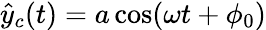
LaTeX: \hat{y}_{c}(t)=a\cos(\omega t+\phi_{0})